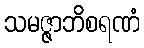
သမဇ္ဇာဘိစရဏံ